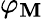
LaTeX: \varphi_{\mathbf{M}}